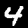
Digit: 4